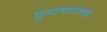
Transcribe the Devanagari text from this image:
कुलाचारांमध्ये